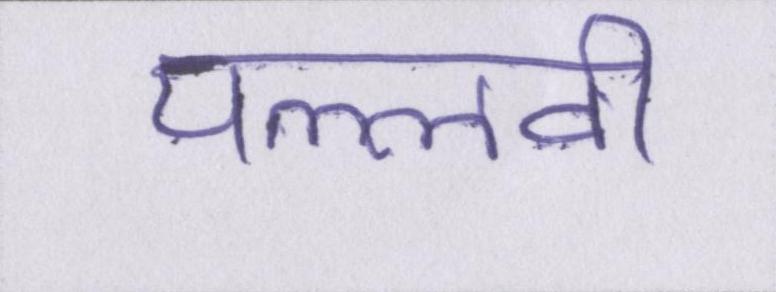
पल्लवी